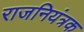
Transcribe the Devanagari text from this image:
राजनियंत्रक